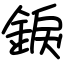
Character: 錑